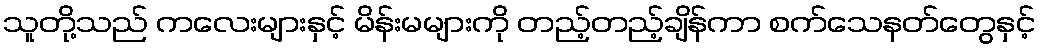
သူတို့သည် ကလေးများနှင့် မိန်းမများကို တည့်တည့်ချိန်ကာ စက်သေနတ်တွေနှင့်